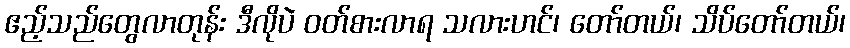
ဧည့်သည်တွေလာတုန်း ဒီလိုပဲ ဝတ်စားလာရ သလားဟင်၊ တော်တယ်၊ သိပ်တော်တယ်၊